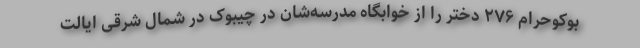
بوکوحرام ۲۷۶ دختر را از خوابگاه مدرسه‌شان در چیبوک در شمال شرقی ایالت